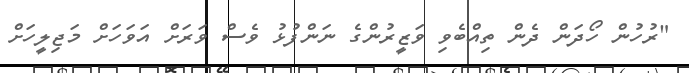
"ރުހުން ހޯދަން ދެން ތިއްބެވި ވަޒީރުންގެ ނަންފުޅު ވެސް ވަރަށް އަވަހަށް މަޖިލީހަށް